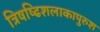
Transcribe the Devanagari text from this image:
त्रिषष्ढिशलाकापुरुश